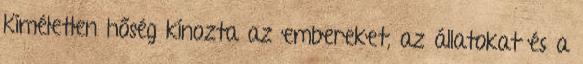
Kíméletlen hőség kínozta az embereket, az állatokat és a